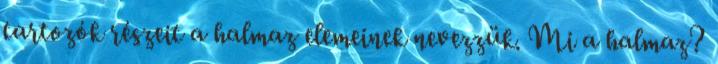
tartozók részeit a halmaz elemeinek nevezzük. Mi a halmaz?